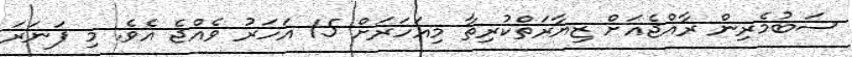
ސަބުމެރިން ރާއްޖެއަށް ޒިޔާރަތްކުރިތާ މިއަހަރަށް 15 އަހަރު ވެއްޖެ އެވެ. މި ފަނަރަ